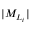
\vert M _ { L _ { i } } \vert